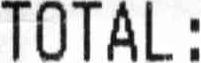
TOTAL :